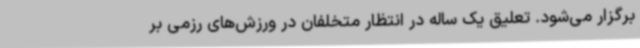
برگزار می‌شود. تعلیق یک ساله در انتظار متخلفان در ورزش‌های رزمی بر